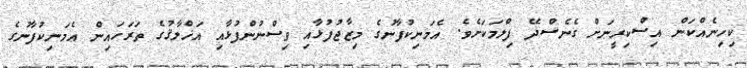
ކިހިނެއްކަން އިސްކިރީނަށް ގެނެސްދޭ ފިލްމަކަށެވެ. އެމަނިކުފާނުގެ މިޒާޖުފުޅާއި ވިސްނުންފުޅާއި އަޚްލާޤުގެ ތަރަހައިން އެމަނިކުފާނުގެ